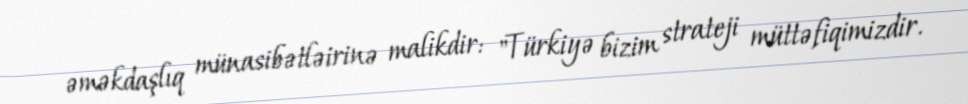
əməkdaşlıq münasibətləirinə malikdir: "Türkiyə bizim strateji müttəfiqimizdir.